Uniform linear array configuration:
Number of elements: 48
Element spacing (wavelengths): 0.25
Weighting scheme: blackman
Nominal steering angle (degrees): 45
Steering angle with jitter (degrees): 46.704
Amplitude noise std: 0.05
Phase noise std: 0.05

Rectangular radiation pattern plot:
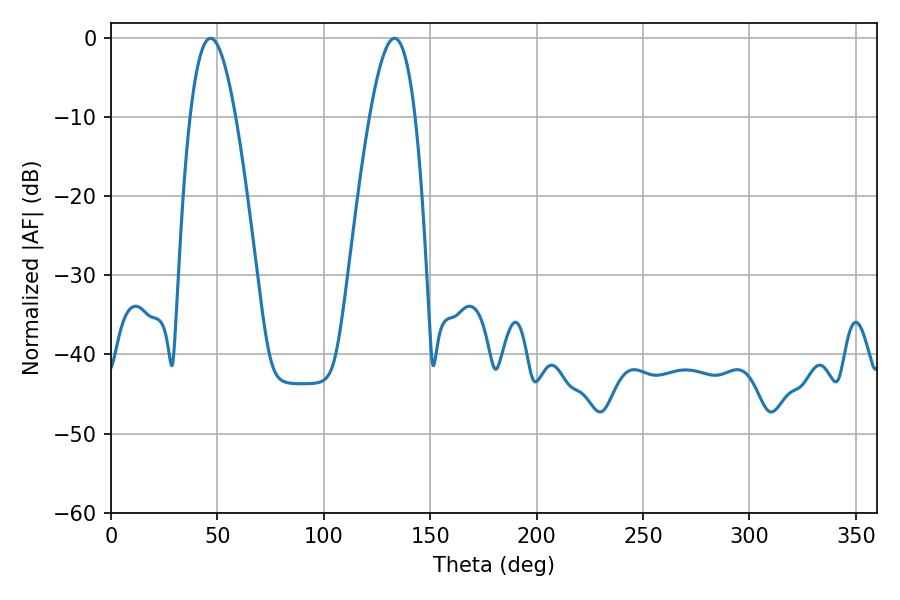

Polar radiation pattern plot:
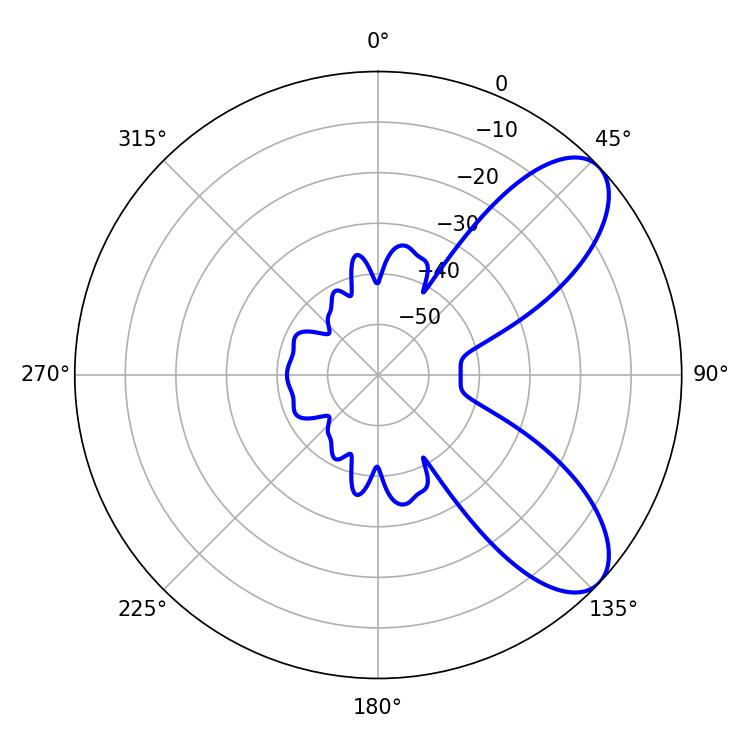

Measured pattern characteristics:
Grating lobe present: FALSE
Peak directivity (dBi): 7.922
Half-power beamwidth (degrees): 11.7
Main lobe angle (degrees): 46.8